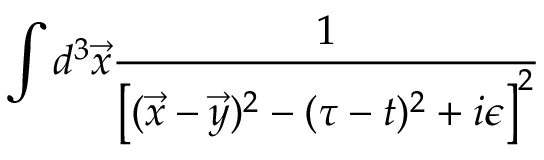
\int d ^ { 3 } \vec { x } { \frac { 1 } { \left[ ( \vec { x } - \vec { y } ) ^ { 2 } - ( \tau - t ) ^ { 2 } + i \epsilon \right] ^ { 2 } } }